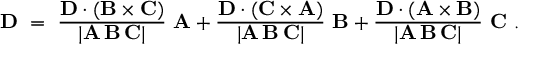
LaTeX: \mathbf { D } \ = \ { \frac { \mathbf { D } \cdot ( \mathbf { B } \times \mathbf { C } ) } { | \mathbf { A } \, \mathbf { B } \, \mathbf { C } | } } \ \mathbf { A } + { \frac { \mathbf { D } \cdot ( \mathbf { C } \times \mathbf { A } ) } { | \mathbf { A } \, \mathbf { B } \, \mathbf { C } | } } \ \mathbf { B } + { \frac { \mathbf { D } \cdot ( \mathbf { A } \times \mathbf { B } ) } { | \mathbf { A } \, \mathbf { B } \, \mathbf { C } | } } \ \mathbf { C } \ .